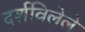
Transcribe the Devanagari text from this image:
दर्शविलेले